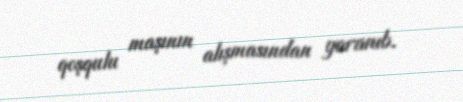
qoşqulu maşının alışmasından yaranıb.